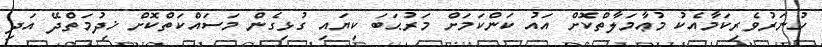
ހުނަރުވެރިކަމާއެކު މުޢާމަލާތްކޮށް އައު ކަންކަމަށް މަރުޙަބަ ކިޔައި ގުޅިގެން މަސައްކަތްކޮށް ޚިދުމަތްދޭ އަދި